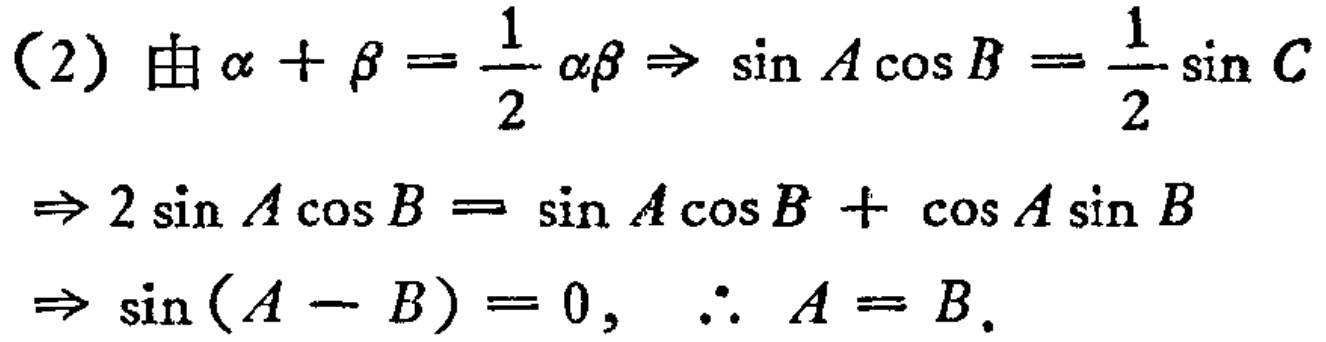
（2）由\(\alpha + \beta = \frac{1}{2} \alpha\beta \Rightarrow \sin A\cos B = \frac{1}{2} \sin C\)
\(\Rightarrow 2\sin A\cos B = \sin A\cos B + \cos A\sin B\)
\(\Rightarrow \sin(A - B) = 0, \therefore A = B\)